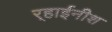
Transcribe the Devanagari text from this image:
र्‍हाईनीश